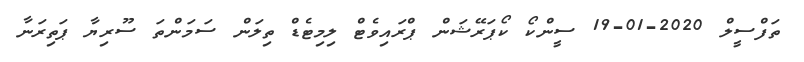
ތަފްސީލް 2020-01-19 ސީންކޯ ކޯޕަރޭޝަން ޕްރައިވެޓް ލިމިޓެޑް ތިލަން ސަމަންތަ ސޫރިޔާ ޕަތިރަނާ